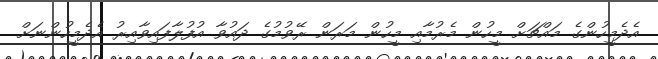
އެދެމީހުންގެ މައްޗަށް މީހުން މެރުމާއި މީހުން މަރަން ރޭވުމުގެ ދައުވާ އުފުލާފައިވާއިރު އެދެމީހުންނަށް